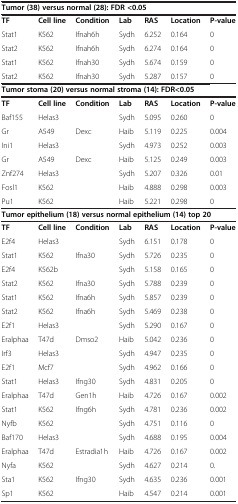
<table><thead><tr><td colspan="7"><b>Tumor (38) versus normal (28): FDR &lt;0.05</b></td></tr></thead><tbody><tr><td><b>TF</b></td><td><b>Cell line</b></td><td><b>Condition</b></td><td><b>Lab</b></td><td><b>RAS</b></td><td><b>Location</b></td><td><b>P-value</b></td></tr><tr><td>Stat1</td><td>K562</td><td>Ifnah6h</td><td>Sydh</td><td>6.252</td><td>0.164</td><td>0</td></tr><tr><td>Stat2</td><td>K562</td><td>Ifnah6h</td><td>Sydh</td><td>6.274</td><td>0.164</td><td>0</td></tr><tr><td>Stat1</td><td>K562</td><td>Ifnah30</td><td>Sydh</td><td>5.674</td><td>0.159</td><td>0</td></tr><tr><td>Stat2</td><td>K562</td><td>Ifnah30</td><td>Sydh</td><td>5.287</td><td>0.157</td><td>0</td></tr><tr><td colspan="7"><b>Tumor stoma (20) versus normal stroma (14): FDR&lt;0.05</b></td></tr><tr><td><b>TF</b></td><td><b>Cell line</b></td><td><b>Condition</b></td><td><b>Lab</b></td><td><b>RAS</b></td><td><b>Location</b></td><td><b>P-value</b></td></tr><tr><td>Baf155</td><td>Helas3</td><td> </td><td>Sydh</td><td>5.095</td><td>0.260</td><td>0</td></tr><tr><td>Gr</td><td>A549</td><td>Dexc</td><td>Haib</td><td>5.119</td><td>0.225</td><td>0.004</td></tr><tr><td>Ini1</td><td>Helas3</td><td> </td><td>Sydh</td><td>4.973</td><td>0.252</td><td>0.003</td></tr><tr><td>Gr</td><td>A549</td><td>Dexc</td><td>Haib</td><td>5.125</td><td>0.249</td><td>0.003</td></tr><tr><td>Znf274</td><td>Helas3</td><td> </td><td>Sydh</td><td>5.207</td><td>0.326</td><td>0.01</td></tr><tr><td>Fosl1</td><td>K562</td><td> </td><td>Haib</td><td>4.888</td><td>0.298</td><td>0.003</td></tr><tr><td>Pu1</td><td>K562</td><td> </td><td>Haib</td><td>5.221</td><td>0.298</td><td>0</td></tr><tr><td colspan="7"><b>Tumor epithelium (18) versus normal epithelium (14) top 20</b></td></tr><tr><td><b>TF</b></td><td><b>Cell line</b></td><td><b>Condition</b></td><td><b>Lab</b></td><td><b>RAS</b></td><td><b>Location</b></td><td><b>P-value</b></td></tr><tr><td>E2f4</td><td>Helas3</td><td> </td><td>Sydh</td><td>6.151</td><td>0.178</td><td>0</td></tr><tr><td>Stat1</td><td>K562</td><td>Ifna30</td><td>Sydh</td><td>5.726</td><td>0.235</td><td>0</td></tr><tr><td>E2f4</td><td>K562b</td><td> </td><td>Sydh</td><td>5.158</td><td>0.165</td><td>0</td></tr><tr><td>Stat2</td><td>K562</td><td>Ifna30</td><td>Sydh</td><td>5.788</td><td>0.239</td><td>0</td></tr><tr><td>Stat1</td><td>K562</td><td>Ifna6h</td><td>Sydh</td><td>5.857</td><td>0.239</td><td>0</td></tr><tr><td>Stat2</td><td>K562</td><td>Ifna6h</td><td>Sydh</td><td>5.469</td><td>0.238</td><td>0</td></tr><tr><td>E2f1</td><td>Helas3</td><td> </td><td>Sydh</td><td>5.290</td><td>0.167</td><td>0</td></tr><tr><td>Eralphaa</td><td>T47d</td><td>Dmso2</td><td>Haib</td><td>5.042</td><td>0.236</td><td>0</td></tr><tr><td>Irf3</td><td>Helas3</td><td> </td><td>Sydh</td><td>4.947</td><td>0.235</td><td>0</td></tr><tr><td>E2f1</td><td>Mcf7</td><td> </td><td>Sydh</td><td>4.962</td><td>0.166</td><td>0</td></tr><tr><td>Stat1</td><td>Helas3</td><td>Ifng30</td><td>Sydh</td><td>4.831</td><td>0.205</td><td>0</td></tr><tr><td>Eralphaa</td><td>T47d</td><td>Gen1h</td><td>Haib</td><td>4.726</td><td>0.167</td><td>0.002</td></tr><tr><td>Stat1</td><td>K562</td><td>Ifng6h</td><td>Sydh</td><td>4.781</td><td>0.236</td><td>0.002</td></tr><tr><td>Nyfb</td><td>K562</td><td> </td><td>Sydh</td><td>4.751</td><td>0.116</td><td>0</td></tr><tr><td>Baf170</td><td>Helas3</td><td> </td><td>Sydh</td><td>4.688</td><td>0.195</td><td>0.004</td></tr><tr><td>Eralphaa</td><td>T47d</td><td>Estradia1h</td><td>Haib</td><td>4.726</td><td>0.167</td><td>0.002</td></tr><tr><td>Nyfa</td><td>K562</td><td> </td><td>Sydh</td><td>4.627</td><td>0.214</td><td>0.</td></tr><tr><td>Sta1</td><td>K562</td><td>Ifng30</td><td>Sydh</td><td>4.635</td><td>0.236</td><td>0.001</td></tr><tr><td>Sp1</td><td>K562</td><td> </td><td>Haib</td><td>4.547</td><td>0.214</td><td>0.001</td></tr></tbody></table>